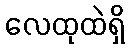
လေထုထဲရှိ